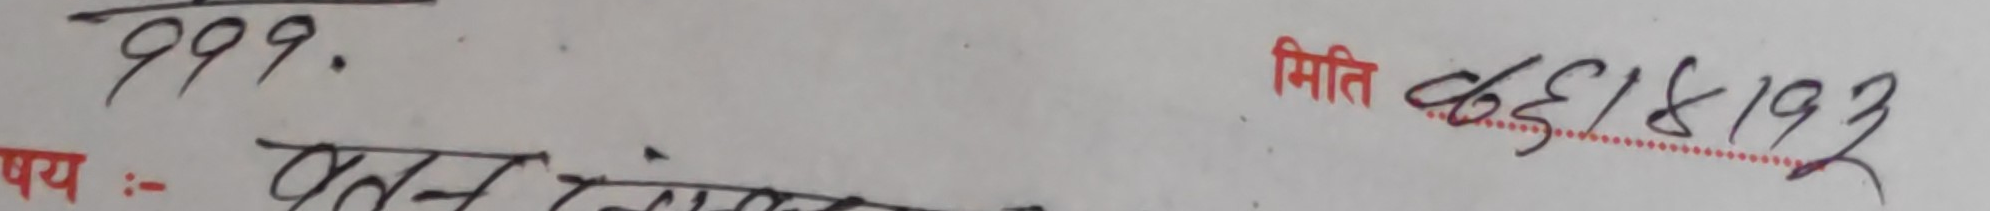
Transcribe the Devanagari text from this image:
999.
षय :-
मिति
९६/८/१९२